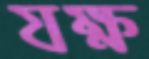
যক্ষ